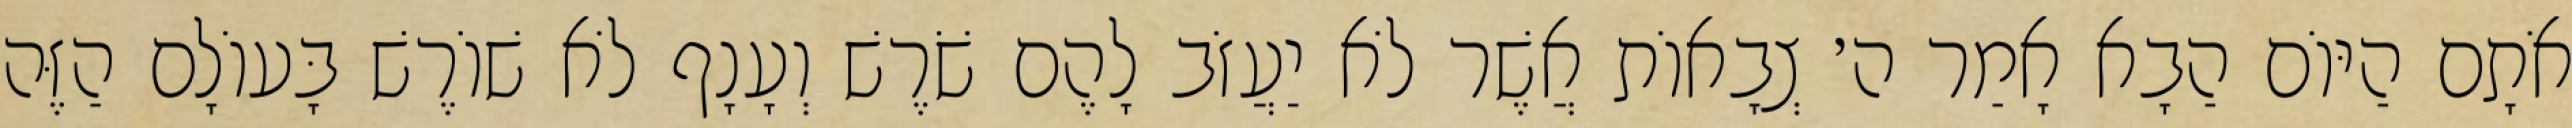
אֹתָם הַיּוֹם הַבָא אָמַר ה׳ צְבָאוֹת אֲשֶׁר לֹא יַעֲזֹב לָהֶם שֹׁרֶשׁ וְעָנָף לֹא שׁוֹרֶשׁ בָּעוֹלָם הַזֶּה